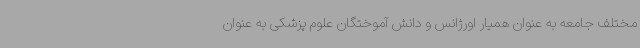
مختلف جامعه به عنوان همیار اورژانس و دانش آموختگان علوم پزشکی به عنوان